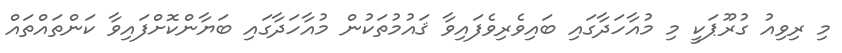
މި ރިވިއު ގުރޫޕަކީ މި މުއާހަދާގައި ބައިވެރިވެފައިވާ ޤައުމުތަކުން މުއާހަދާގައި ބަޔާންކޮށްފައިވާ ކަންތައްތައް